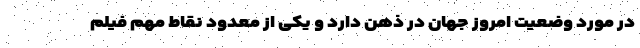
در مورد وضعیت امروز جهان در ذهن دارد و یکی از معدود نقاط مهم فیلم